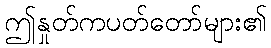
ဤနှုတ်ကပတ်တော်များ၏